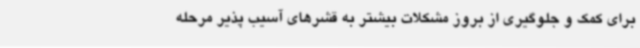
برای کمک و جلوگیری از بروز مشکلات بیشتر به قشرهای آسیب پذیر مرحله